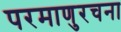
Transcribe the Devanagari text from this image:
परमाणुरचना